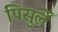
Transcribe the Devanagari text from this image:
पिसुर्ले